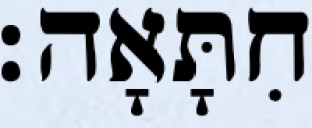
חִתָּאָה׃